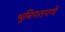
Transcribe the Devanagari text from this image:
भूमिगतपणे